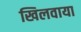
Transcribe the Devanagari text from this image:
खिलवाया